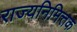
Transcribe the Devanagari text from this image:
राज्यनिमित्तक